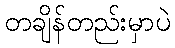
တချိန်တည်းမှာပဲ